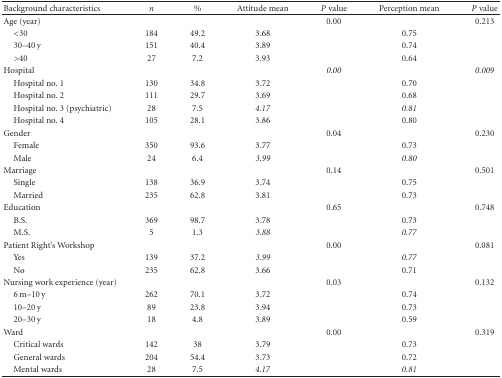
<table><thead><tr><td><b>Background characteristics</b></td><td><b><i>n</i></b></td><td><b>%</b></td><td><b>Attitude mean</b></td><td><b><i>P</i> value</b></td><td><b>Perception mean</b></td><td><b><i>P</i> value</b></td></tr></thead><tbody><tr><td>Age (year)</td><td> </td><td> </td><td> </td><td>0.00</td><td> </td><td>0.213</td></tr><tr><td> &lt;30</td><td>184</td><td>49.2</td><td>3.68</td><td> </td><td>0.75</td><td> </td></tr><tr><td> 30–40 y</td><td>151</td><td>40.4</td><td>3.89</td><td> </td><td>0.74</td><td> </td></tr><tr><td> &gt;40</td><td>27</td><td>7.2</td><td>3.93</td><td> </td><td>0.64</td><td> </td></tr><tr><td>Hospital</td><td> </td><td> </td><td> </td><td><i>0.00 </i></td><td> </td><td><i>0.009 </i></td></tr><tr><td> Hospital no. 1</td><td>130</td><td>34.8</td><td>3.72</td><td> </td><td>0.70</td><td> </td></tr><tr><td> Hospital no. 2</td><td>111</td><td>29.7</td><td>3.69</td><td> </td><td>0.68</td><td> </td></tr><tr><td> Hospital no. 3 (psychiatric)</td><td>28</td><td>7.5</td><td><i>4.17 </i></td><td> </td><td><i>0.81 </i></td><td> </td></tr><tr><td> Hospital no. 4</td><td>105</td><td>28.1</td><td>3.86</td><td> </td><td>0.80</td><td> </td></tr><tr><td>Gender</td><td> </td><td> </td><td> </td><td>0.04</td><td> </td><td>0.230</td></tr><tr><td> Female</td><td>350</td><td>93.6</td><td>3.77</td><td> </td><td>0.73</td><td> </td></tr><tr><td> Male</td><td>24</td><td>6.4</td><td><i>3.99 </i></td><td> </td><td><i>0.80 </i></td><td> </td></tr><tr><td>Marriage</td><td> </td><td> </td><td> </td><td>0.14</td><td> </td><td>0.501</td></tr><tr><td> Single</td><td>138</td><td>36.9</td><td>3.74</td><td> </td><td>0.75</td><td> </td></tr><tr><td> Married</td><td>235</td><td>62.8</td><td>3.81</td><td> </td><td>0.73</td><td> </td></tr><tr><td>Education</td><td> </td><td> </td><td> </td><td>0.65</td><td> </td><td>0.748</td></tr><tr><td> B.S.</td><td>369</td><td>98.7</td><td>3.78</td><td> </td><td>0.73</td><td> </td></tr><tr><td> M.S.</td><td>5</td><td>1.3</td><td><i>3.88 </i></td><td> </td><td><i>0.77 </i></td><td> </td></tr><tr><td>Patient Right&#x27;s Workshop</td><td> </td><td> </td><td> </td><td>0.00</td><td> </td><td>0.081</td></tr><tr><td> Yes</td><td>139</td><td>37.2</td><td><i>3.99 </i></td><td> </td><td><i>0.77 </i></td><td> </td></tr><tr><td> No</td><td>235</td><td>62.8</td><td>3.66</td><td> </td><td>0.71</td><td> </td></tr><tr><td>Nursing work experience (year)</td><td> </td><td> </td><td> </td><td>0.03</td><td> </td><td>0.132</td></tr><tr><td> 6 m–10 y</td><td>262</td><td>70.1</td><td>3.72</td><td> </td><td>0.74</td><td> </td></tr><tr><td> 10–20 y</td><td>89</td><td>23.8</td><td>3.94</td><td> </td><td>0.73</td><td> </td></tr><tr><td> 20–30 y</td><td>18</td><td>4.8</td><td>3.89</td><td> </td><td>0.59</td><td> </td></tr><tr><td>Ward</td><td> </td><td> </td><td> </td><td>0.00</td><td> </td><td>0.319</td></tr><tr><td> Critical wards</td><td>142</td><td>38</td><td>3.79</td><td> </td><td>0.73</td><td> </td></tr><tr><td> General wards</td><td>204</td><td>54.4</td><td>3.73</td><td> </td><td>0.72</td><td> </td></tr><tr><td> Mental wards</td><td>28</td><td>7.5</td><td><i>4.17 </i></td><td> </td><td><i>0.81 </i></td><td> </td></tr></tbody></table>